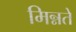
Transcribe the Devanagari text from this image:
मिन्नते